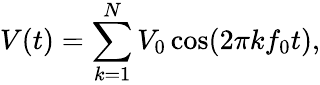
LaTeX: V(t)=\sum_{k=1}^{N}V_{0}\cos(2\pi kf_{0}t),